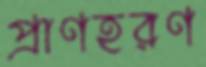
প্রাণহরণ